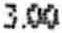
3.00